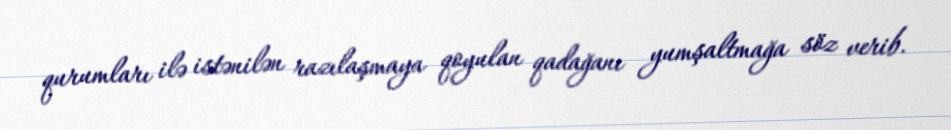
qurumları ilə istənilən razılaşmaya qoyulan qadağanı yumşaltmağa söz verib.